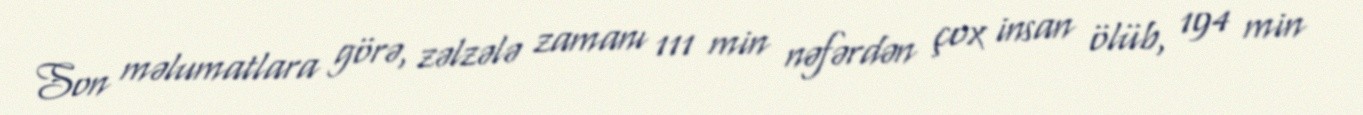
Son məlumatlara görə, zəlzələ zamanı 111 min nəfərdən çox insan ölüb, 194 min